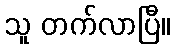
သူ တက်လာပြီ။